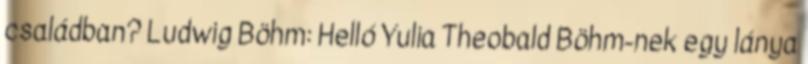
családban? Ludwig Böhm: Helló Yulia Theobald Böhm-nek egy lánya